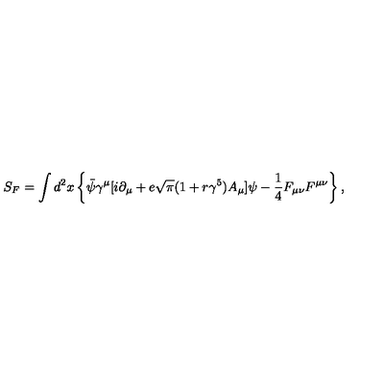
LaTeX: S _ { F } = \int d ^ { 2 } x \left\{ \bar { \psi } { \gamma } ^ { \mu } [ i { \partial } _ { \mu } + e \sqrt { \pi } ( 1 + r { \gamma } ^ { 5 } ) A _ { \mu } ] { \psi } - { \frac 1 4 } F _ { { \mu } { \nu } } F ^ { { \mu } { \nu } } \right\} ,